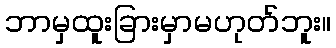
ဘာမှထူးခြားမှာမဟုတ်ဘူး။